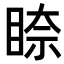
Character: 𥇧